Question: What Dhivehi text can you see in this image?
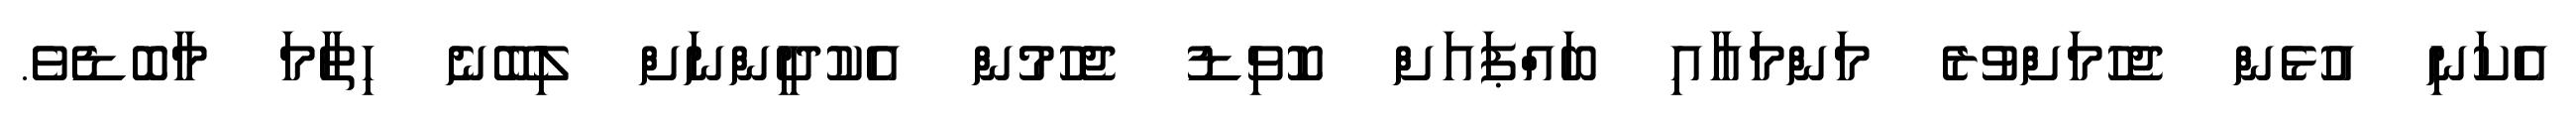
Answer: އެކަނި އުޅެން ޖެހުމަށްވުރެ މަންމައާއި ބައްޕައަށް ކޮވިޑު ޖެހުމުން އެކުދީންނަށް ލިބޭނެ ހިތާމަ މާބޮޑެވެ.